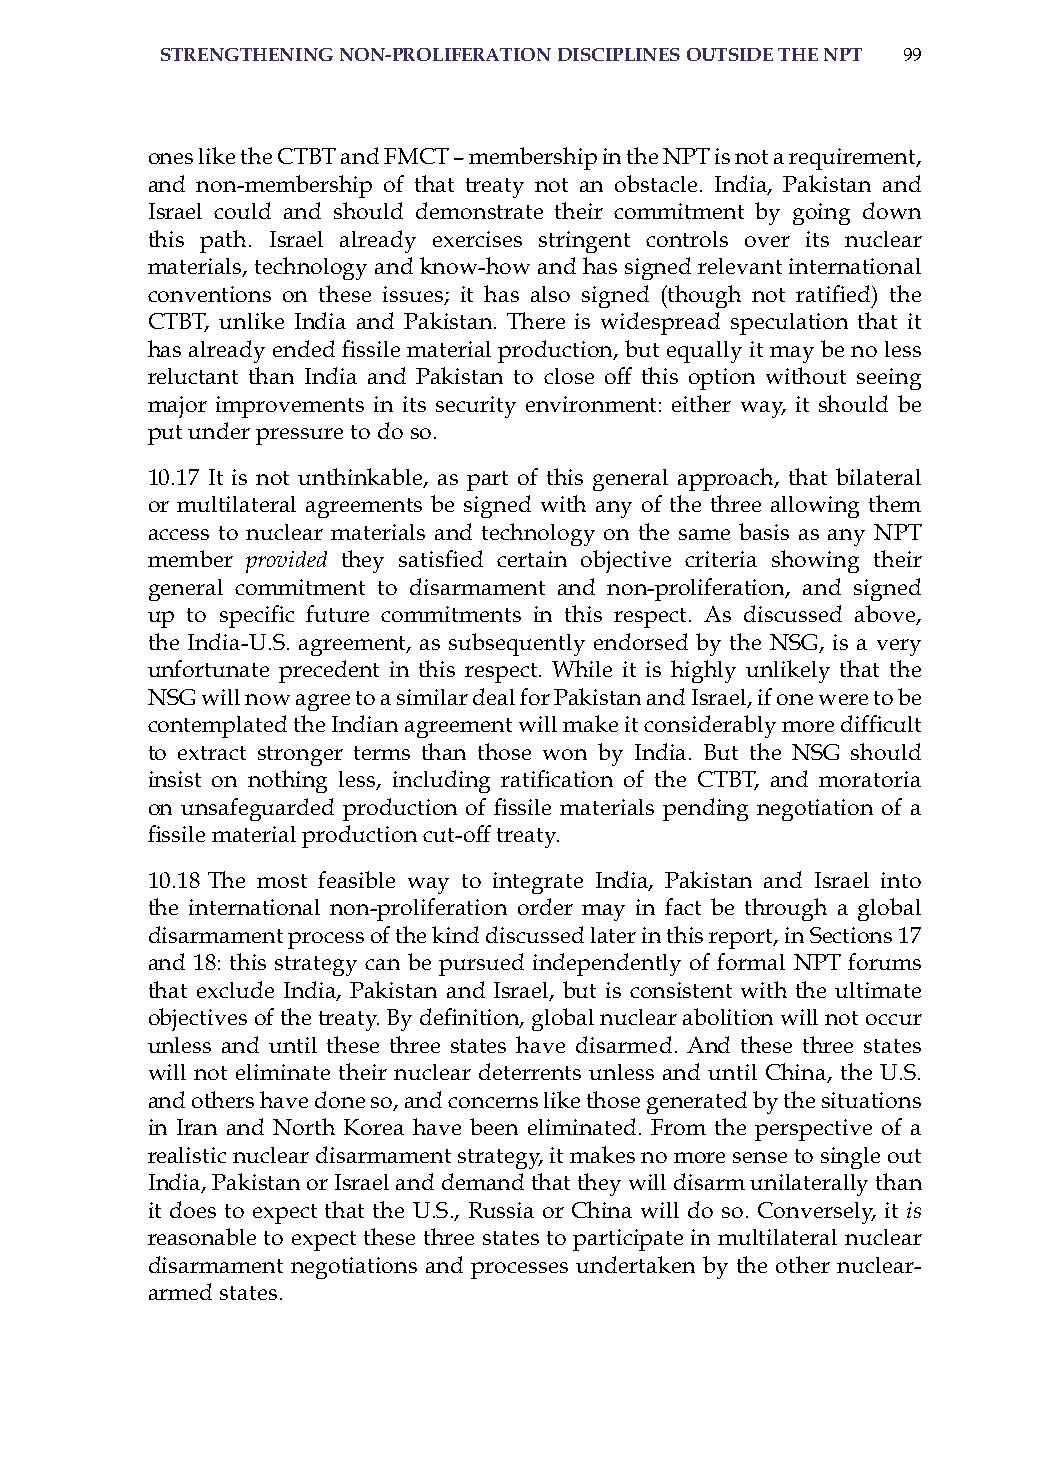
strenGtheninG non-Proliferation disciPlines outside the nPt 99
 ones like the CTBT and FMCT – membership in the NPT is not a requirement,
 and non-membership of that treaty not an obstacle. india, Pakistan and
 israel could and should demonstrate their commitment by going down
 this path. israel already exercises stringent controls over its nuclear
 materials, technology and know-how and has signed relevant international
 conventions on these issues; it has also signed (though not ratified) the
 CTBT, unlike india and Pakistan. There is widespread speculation that it
 has already ended fissile material production, but equally it may be no less
 reluctant than india and Pakistan to close off this option without seeing
 major improvements in its security environment: either way, it should be
 put under pressure to do so.
 10.17 it is not unthinkable, as part of this general approach, that bilateral
 or multilateral agreements be signed with any of the three allowing them
 access to nuclear materials and technology on the same basis as any NPT
 member provided they satisfied certain objective criteria showing their
 general commitment to disarmament and non-proliferation, and signed
 up to specific future commitments in this respect. As discussed above,
 the india-U.s. agreement, as subsequently endorsed by the NsG, is a very
 unfortunate precedent in this respect. While it is highly unlikely that the
 NsG will now agree to a similar deal for Pakistan and israel, if one were to be
 contemplated the Indian agreement will make it considerably more difficult
 to extract stronger terms than those won by india. But the NsG should
 insist on nothing less, including ratification of the CTBT, and moratoria
 on unsafeguarded production of fissile materials pending negotiation of a
 fissile material production cut-off treaty.
 10.18 The most feasible way to integrate india, Pakistan and israel into
 the international non-proliferation order may in fact be through a global
 disarmament process of the kind discussed later in this report, in sections 17
 and 18: this strategy can be pursued independently of formal NPT forums
 that exclude india, Pakistan and israel, but is consistent with the ultimate
 objectives of the treaty. By definition, global nuclear abolition will not occur
 unless and until these three states have disarmed. and these three states
 will not eliminate their nuclear deterrents unless and until China, the U.s.
 and others have done so, and concerns like those generated by the situations
 in iran and North Korea have been eliminated. From the perspective of a
 realistic nuclear disarmament strategy, it makes no more sense to single out
 india, Pakistan or israel and demand that they will disarm unilaterally than
 it does to expect that the U.s., russia or China will do so. Conversely, it is
 reasonable to expect these three states to participate in multilateral nuclear
 disarmament negotiations and processes undertaken by the other nuclear-
 armed states.